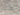
هناك